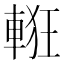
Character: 𨌃